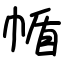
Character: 㡒